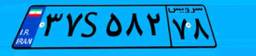
۳۷S۵۸۲۷۸